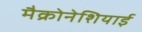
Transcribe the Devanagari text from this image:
मैक्रोनेशियाई